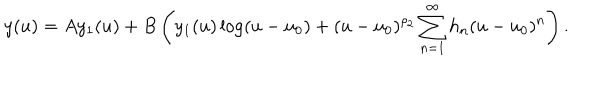
y ( u ) = A y _ { 1 } ( u ) + B \left( y _ { 1 } ( u ) \log ( u - u _ { 0 } ) + ( u - u _ { 0 } ) ^ { \rho _ { 2 } } \sum _ { n = 1 } ^ { \infty } h _ { n } ( u - u _ { 0 } ) ^ { n } \right) .